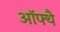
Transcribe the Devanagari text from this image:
ऑफ्थै